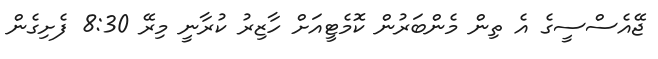
ޖޭއެސްސީގެ އެ ތިން މެންބަރުން ކޮމެޓީއަށް ހާޒިރު ކުރާނީ މިރޭ 8:30 ފެށިގެން